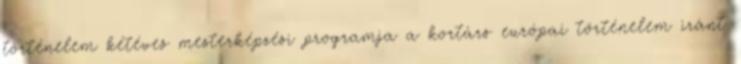
történelem kétéves mesterképzési programja a kortárs európai történelem iránt